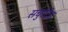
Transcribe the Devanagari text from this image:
सचुरेटेड